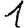
Digit: 1